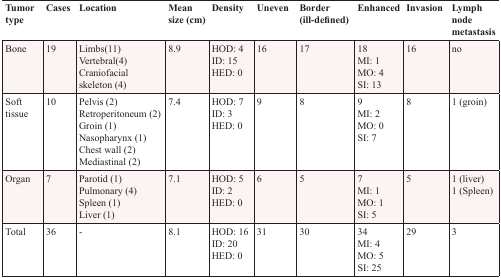
<table><thead><tr><td><b>Tumor type</b></td><td><b>Cases</b></td><td><b>Location</b></td><td><b>Mean size (cm)</b></td><td><b>Density</b></td><td><b>Uneven</b></td><td><b>Border (ill-defined)</b></td><td><b>Enhanced</b></td><td><b>Invasion</b></td><td><b>Lymph node metastasis</b></td></tr></thead><tbody><tr><td>Bone</td><td>19</td><td>Limbs(11)Vertebral(4)Craniofacial skeleton (4)</td><td>8.9</td><td>HOD: 4ID: 15HED: 0</td><td>16</td><td>17</td><td>18MI: 1MO: 4SI: 13</td><td>16</td><td>no</td></tr><tr><td>Soft tissue</td><td>10</td><td>Pelvis (2)Retroperitoneum (2)Groin (1)Nasopharynx (1)Chest wall (2)Mediastinal (2)</td><td>7.4</td><td>HOD: 7ID: 3HED: 0</td><td>9</td><td>8</td><td>9MI: 2MO: 0SI: 7</td><td>8</td><td>1 (groin)</td></tr><tr><td>Organ</td><td>7</td><td>Parotid (1)Pulmonary (4)Spleen (1)Liver (1)</td><td>7.1</td><td>HOD: 5ID: 2HED: 0</td><td>6</td><td>5</td><td>7MI: 1MO: 1SI: 5</td><td>5</td><td>1 (liver)1 (Spleen)</td></tr><tr><td>Total</td><td>36</td><td>-</td><td>8.1</td><td>HOD: 16ID: 20HED: 0</td><td>31</td><td>30</td><td>34MI: 4MO: 5SI: 25</td><td>29</td><td>3</td></tr></tbody></table>